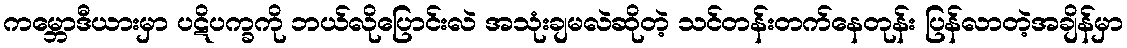
ကမ္ဘောဒီယားမှာ ပဋိပက္ခကို ဘယ်လိုပြောင်းလဲ အသုံးချမလဲဆိုတဲ့ သင်တန်းတက်နေတုန်း ပြန်လာတဲ့အချိန်မှာ